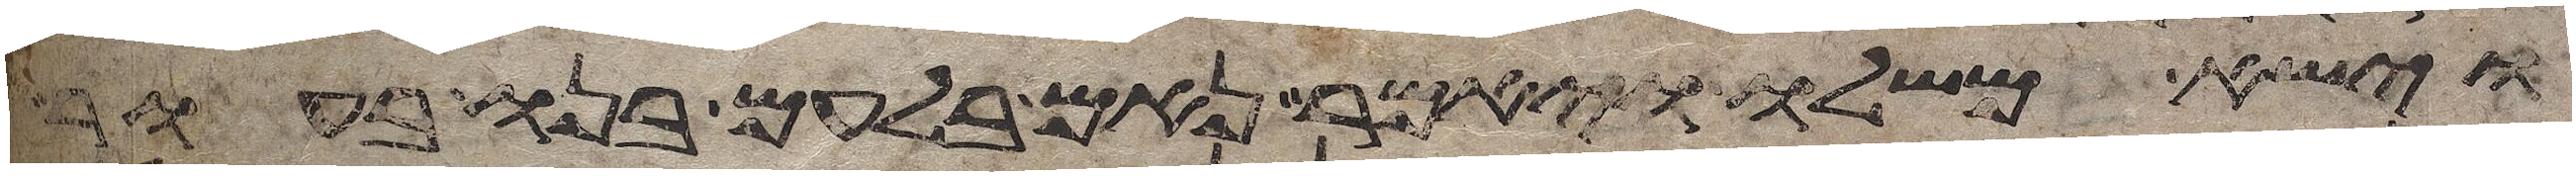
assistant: וישא משלו ויאמר נאם בלעם בנו בעור